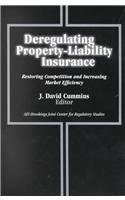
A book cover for Deregulating Property-Liability Insurance: Restoring Competition and Increasing Market Efficiency (AEI-Brookings Joint Center for Regulatory Studies); Business & Money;